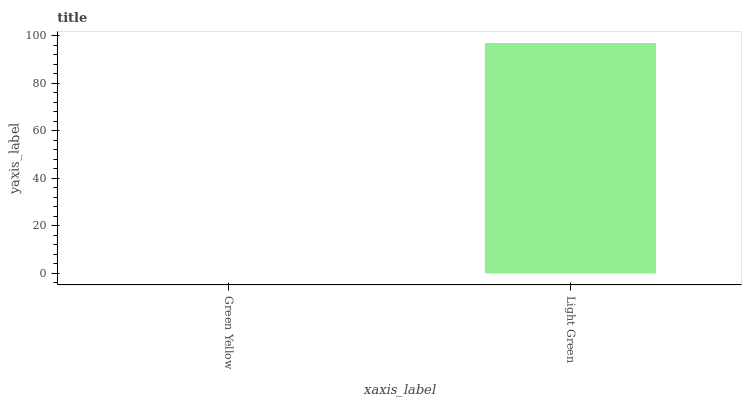
| xaxis_label | bars |
 | --- | --- |
 | Green Yellow | 0 |
 | Light Green | 96.9 |